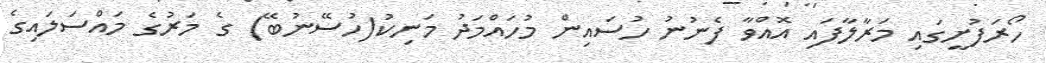
ހޯރަފުށީގައި މަރާލާފައި އޮއްވާ ފެނުނު ހުސައިން މުހައްމަދު މަނިކު(ހުސޭނުބޭ) ގެ މަރުގެ މައްސަލައިގެ